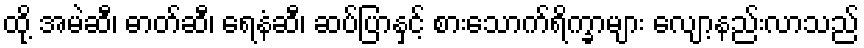
ထို့ အမဲဆီ၊ ဓာတ်ဆီ၊ ရေနံဆီ၊ ဆပ်ပြာနှင့် စားသောက်ရိက္ခာများ လျော့နည်းလာသည်